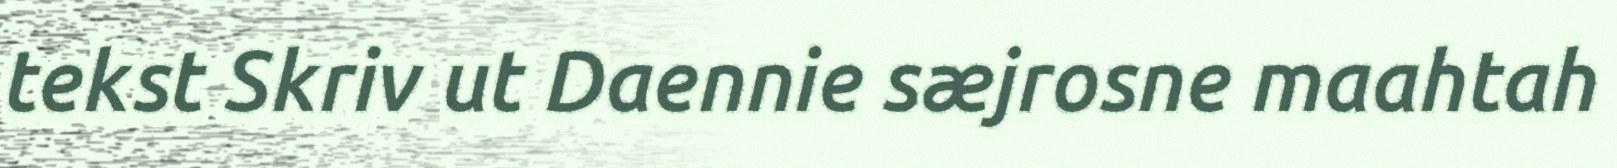
tekst Skriv ut Daennie sæjrosne maahtah